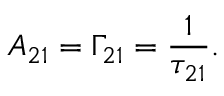
A _ { 2 1 } = \Gamma _ { 2 1 } = { \frac { 1 } { \tau _ { 2 1 } } } .